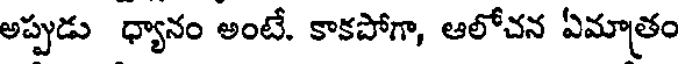
అప్పుడు ధ్యానం అంటే. కాకపోగా, ఆలోచన ఏమాత్రం